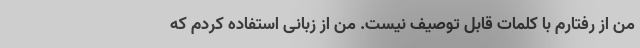
من از رفتارم با کلمات قابل توصیف نیست. من از زبانی استفاده کردم که